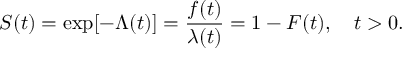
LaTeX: S ( t ) = \exp [ - \Lambda ( t ) ] = { \frac { f ( t ) } { \lambda ( t ) } } = 1 - F ( t ) , \quad t > 0 .